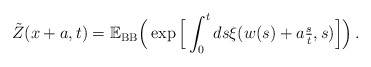
\begin{align*}\tilde{Z}(x +a,t) = \mathbb{E}_\mathrm{BB}\Big( \exp\Big[\int_0^t ds \xi(w(s) + a\tfrac{s}{t},s) \Big]\Big)\,. \end{align*}